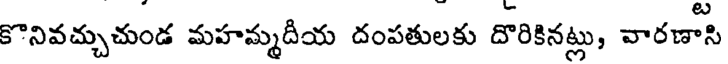
కొనివచ్చుచుండ మహమ్మదీయ దంపతులకు దొరికినట్లు, వారణాసి